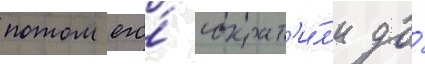
потом его́ сократ'и́л'и до́